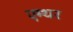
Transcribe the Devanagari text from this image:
एम्थर